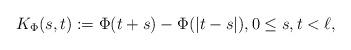
LaTeX: \begin{align*}K_\Phi(s,t):=\Phi(t+s)-\Phi(|t-s|),0\le s,t<\ell,\end{align*}